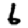
Digit: 6